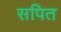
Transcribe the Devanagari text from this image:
सपित